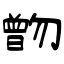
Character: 朆